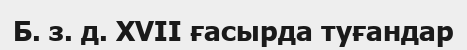
Б. з. д. XVII ғасырда туғандар